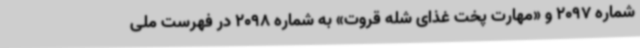
شماره 2097 و «مهارت پخت غذای شله قروت» به شماره 2098 در فهرست ملی